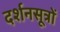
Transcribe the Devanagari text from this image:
दर्शनसूत्रों